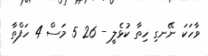
ވާހަކަ ނޭނގި ހިތާ ކުޅެލީ - 26 5 މަސް 4 ހަފްތާ